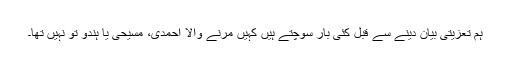
ہم تعزیتی بیان دینے سے قبل کئی بار سوچتے ہیں کہیں مرنے والا احمدی، مسیحی یا ہندو تو نہیں تھا۔